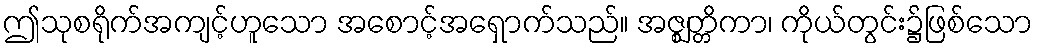
ဤသုစရိုက်အကျင့်ဟူသော အစောင့်အရှောက်သည်။ အဇ္ဈတ္တိကာ၊ ကိုယ်တွင်း၌ဖြစ်သော